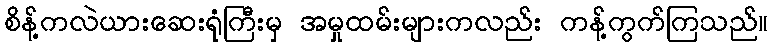
စိန့်ကလဲယားဆေးရုံကြီးမှ အမှုထမ်းများကလည်း ကန့်ကွက်ကြသည်။